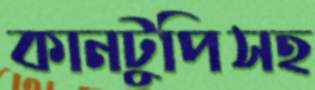
কানটুপিসহ